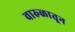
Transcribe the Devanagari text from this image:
वारुळातून